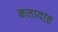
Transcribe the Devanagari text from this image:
कतादाह